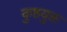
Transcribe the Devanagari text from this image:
कुष्ठयुक्त